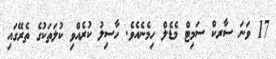
17 ވަނަ ސާރކް ސަމިޓް މެޑެލް ހިމެނެއެވެ. ހާސިލު ކުރެއްވި ކުލަތަކުގެ ތެރޭގައި